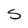
Character: S